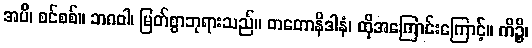
အပိ၊ စင်စစ်။ ဘဂဝါ၊ မြတ်စွာဘုရားသည်။ တတောနိဒါနံ၊ ထိုအကြောင်းကြောင့်။ ကိဉ္စိ၊